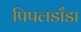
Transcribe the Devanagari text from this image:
पिपलडाँडा